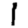
Digit: 1